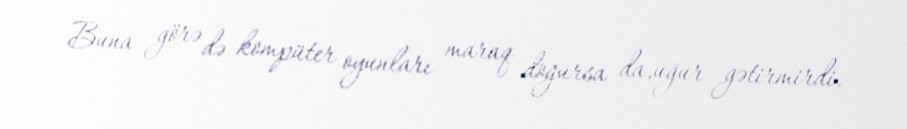
Buna görə də kompüter oyunları maraq doğursa da,uğur gətirmirdi.